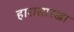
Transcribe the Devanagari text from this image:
हारासारखा